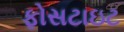
ફોસટાઇટ